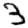
Digit: 3